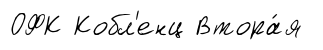
ОФК Кобл'енц Втора́я